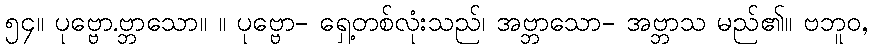
၅၄။ ပုဗ္ဗော.ဗ္ဘာသော။ ။ ပုဗ္ဗော- ရှေ့တစ်လုံးသည်၊ အဗ္ဘာသော- အဗ္ဘာသ မည်၏။ ဗဘူဝ,